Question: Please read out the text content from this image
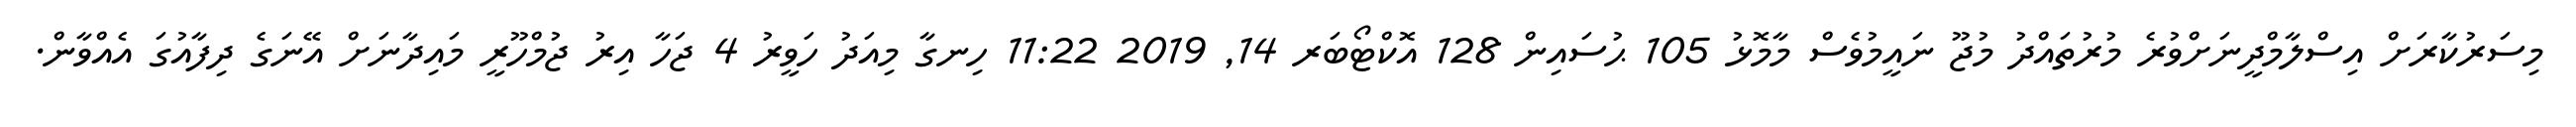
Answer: މިސަރުކާރަށް އިސްލާމްދީނަށްވުރެ މުރުތައްދު މުޖޫ ނައީމުވެސް މާމޮޅު 105 ޙުސައިން 128 އޮކްޓޯބަރ 14, 2019 11:22 ހިނގާ މިއަދު ހަވީރު 4 ޖަހާ އިރު ޖުމްހޫރީ މައިދާނަށް އޭނަގެ ދިފާއުގަ އެއްވާން.